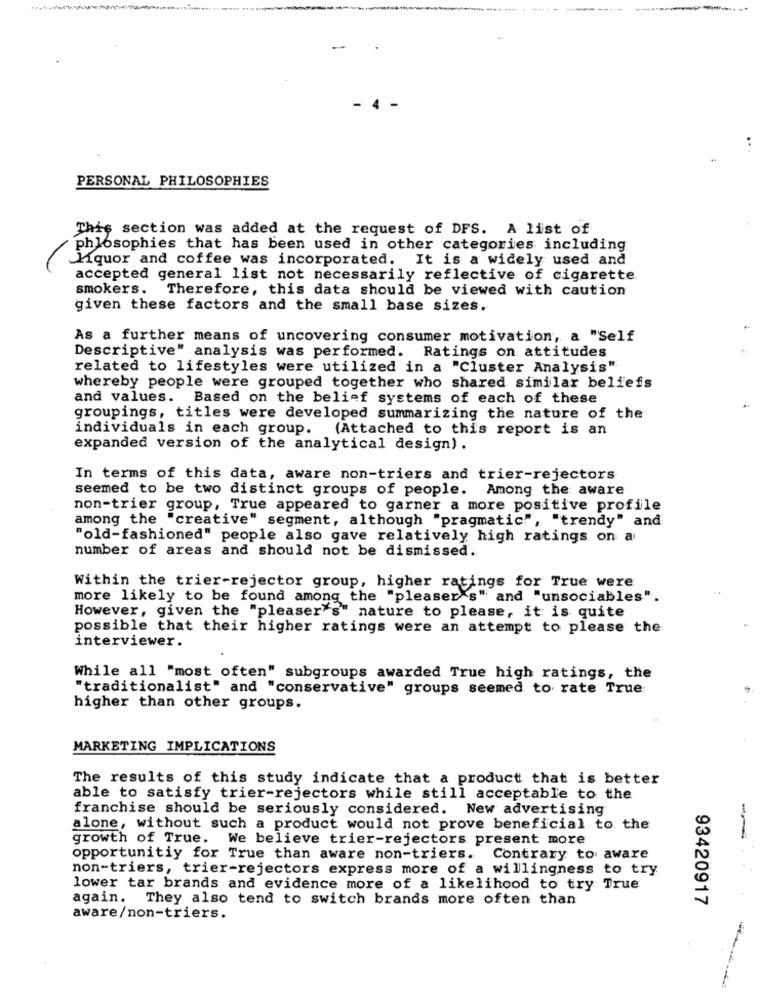
PERSONAL PHILOSOPHIES
This section was added at the request of DFS. A list of
phlosophies that has been used in other categories including
Liquor and coffee was incorporated. It is a widely used and
accepted general list not necessarily reflective of cigarette
smokers. Therefore, this data should be viewed with caution
given these factors and the small base sizes.
As a further means of uncovering consumer motivation, a "Self
Descriptive" analysis was performed. Ratings on attitudes
related to lifestyles were utilized in a "Cluster Analysis"
whereby people were grouped together who shared similar beliefs
and values.
Based on the belief systems of each of these
groupings, titles were developed summarizing the nature of the
individuals in each group.
(Attached to this report is an
expanded version of the analytical design).
In terms of this data, aware non-triers and trier-rejectors
seemed to be two distinct groups of people. Among the aware
non-trier group, True appeared to garner a more positive profile
among the "creative" segment, although "pragmatic", "trendy" and
"old-fashioned" people also gave relatively high ratings on a
number of areas and should not be dismissed.
Within the trier-rejector group, higher ratings for True were
more likely to be found among the "pleaser's" and "unsociables".
However, given the "pleaser"s" nature to please, it is quite
possible that their higher ratings were an attempt to please the
interviewer.
While all "most often" subgroups awarded True high ratings, the
"traditionalist" and "conservative" groups seemed to rate True
higher than other groups.
MARKETING IMPLICATIONS
The results of this study indicate that a product that is better
able to satisfy trier-rejectors while still acceptable to the
franchise should be seriously considered. New advertising
alone, without such a product would not prove beneficial to the
growth of True. We believe trier-rejectors present more
opportunitiy for True than aware non-triers. Contrary to aware
non-triers, trier-rejectors express more of a willingness to try
lower tar brands and evidence more of a likelihood to try True
again. They also tend to switch brands more often than
93420917
aware/non-triers.
----